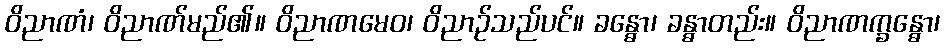
ဝိညာဏံ၊ ဝိညာဏ်မည်၏။ ဝိညာဏမေဝ၊ ဝိညာဉ်သည်ပင်။ ခန္ဓော၊ ခန္ဓာတည်း။ ဝိညာဏက္ခန္ဓော၊